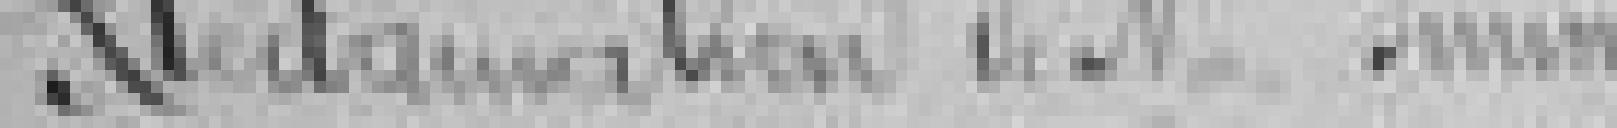
Réclamation de monsieur Simon